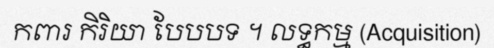
កពារ កិរិយា បែបបទ ។ លទ្ធកម្ម (Acquisition)